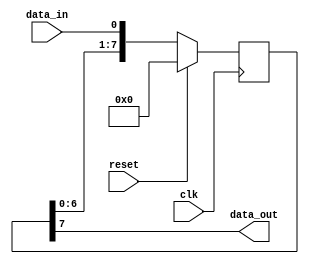
module shift_register (
  input wire clk,
  input wire reset,
  input wire data_in,
  output reg data_out
);

  reg [7:0] shift_reg; // 8-bit shift register

  always @(posedge clk) begin
    if (reset) begin
      shift_reg <= 8'b0;
    end else begin
      shift_reg <= {shift_reg[6:0], data_in};
    end
  end

  assign data_out = shift_reg[7];

endmodule